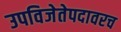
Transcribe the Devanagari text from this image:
उपविजेतेपदावरच